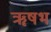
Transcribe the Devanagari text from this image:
ॠषभ